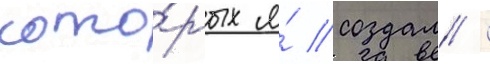
кото́рых я́ создал /